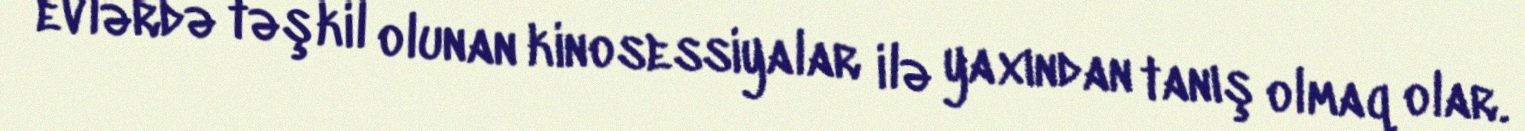
evlərdə təşkil olunan kinosessiyalar ilə yaxından tanış olmaq olar.